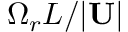
\Omega _ { r } L / | \mathbf { U } |